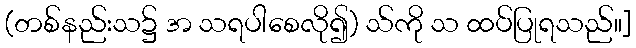
(တစ်နည်းသ၌ အ သရပါစေလို၍) သ်ကို သ ထပ်ပြုရသည်။]